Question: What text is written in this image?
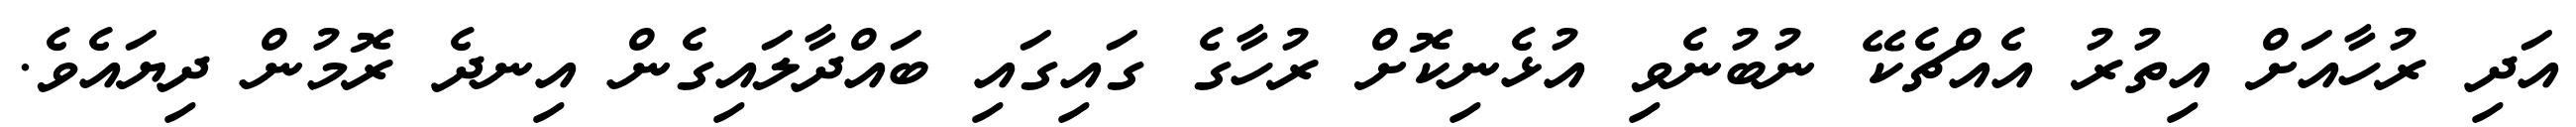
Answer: އަދި ރުހާއަށް އިތުރު އެއްޗެކޭ ނުބުނެވި އުޅެނިކޮށް ރުހާގެ ގައިގައި ބައްދާލައިގެން އިނދެ ރޮމުން ދިޔައެވެ.